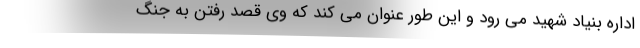
اداره بنیاد شهید می رود و این طور عنوان می کند که وی قصد رفتن به جنگ